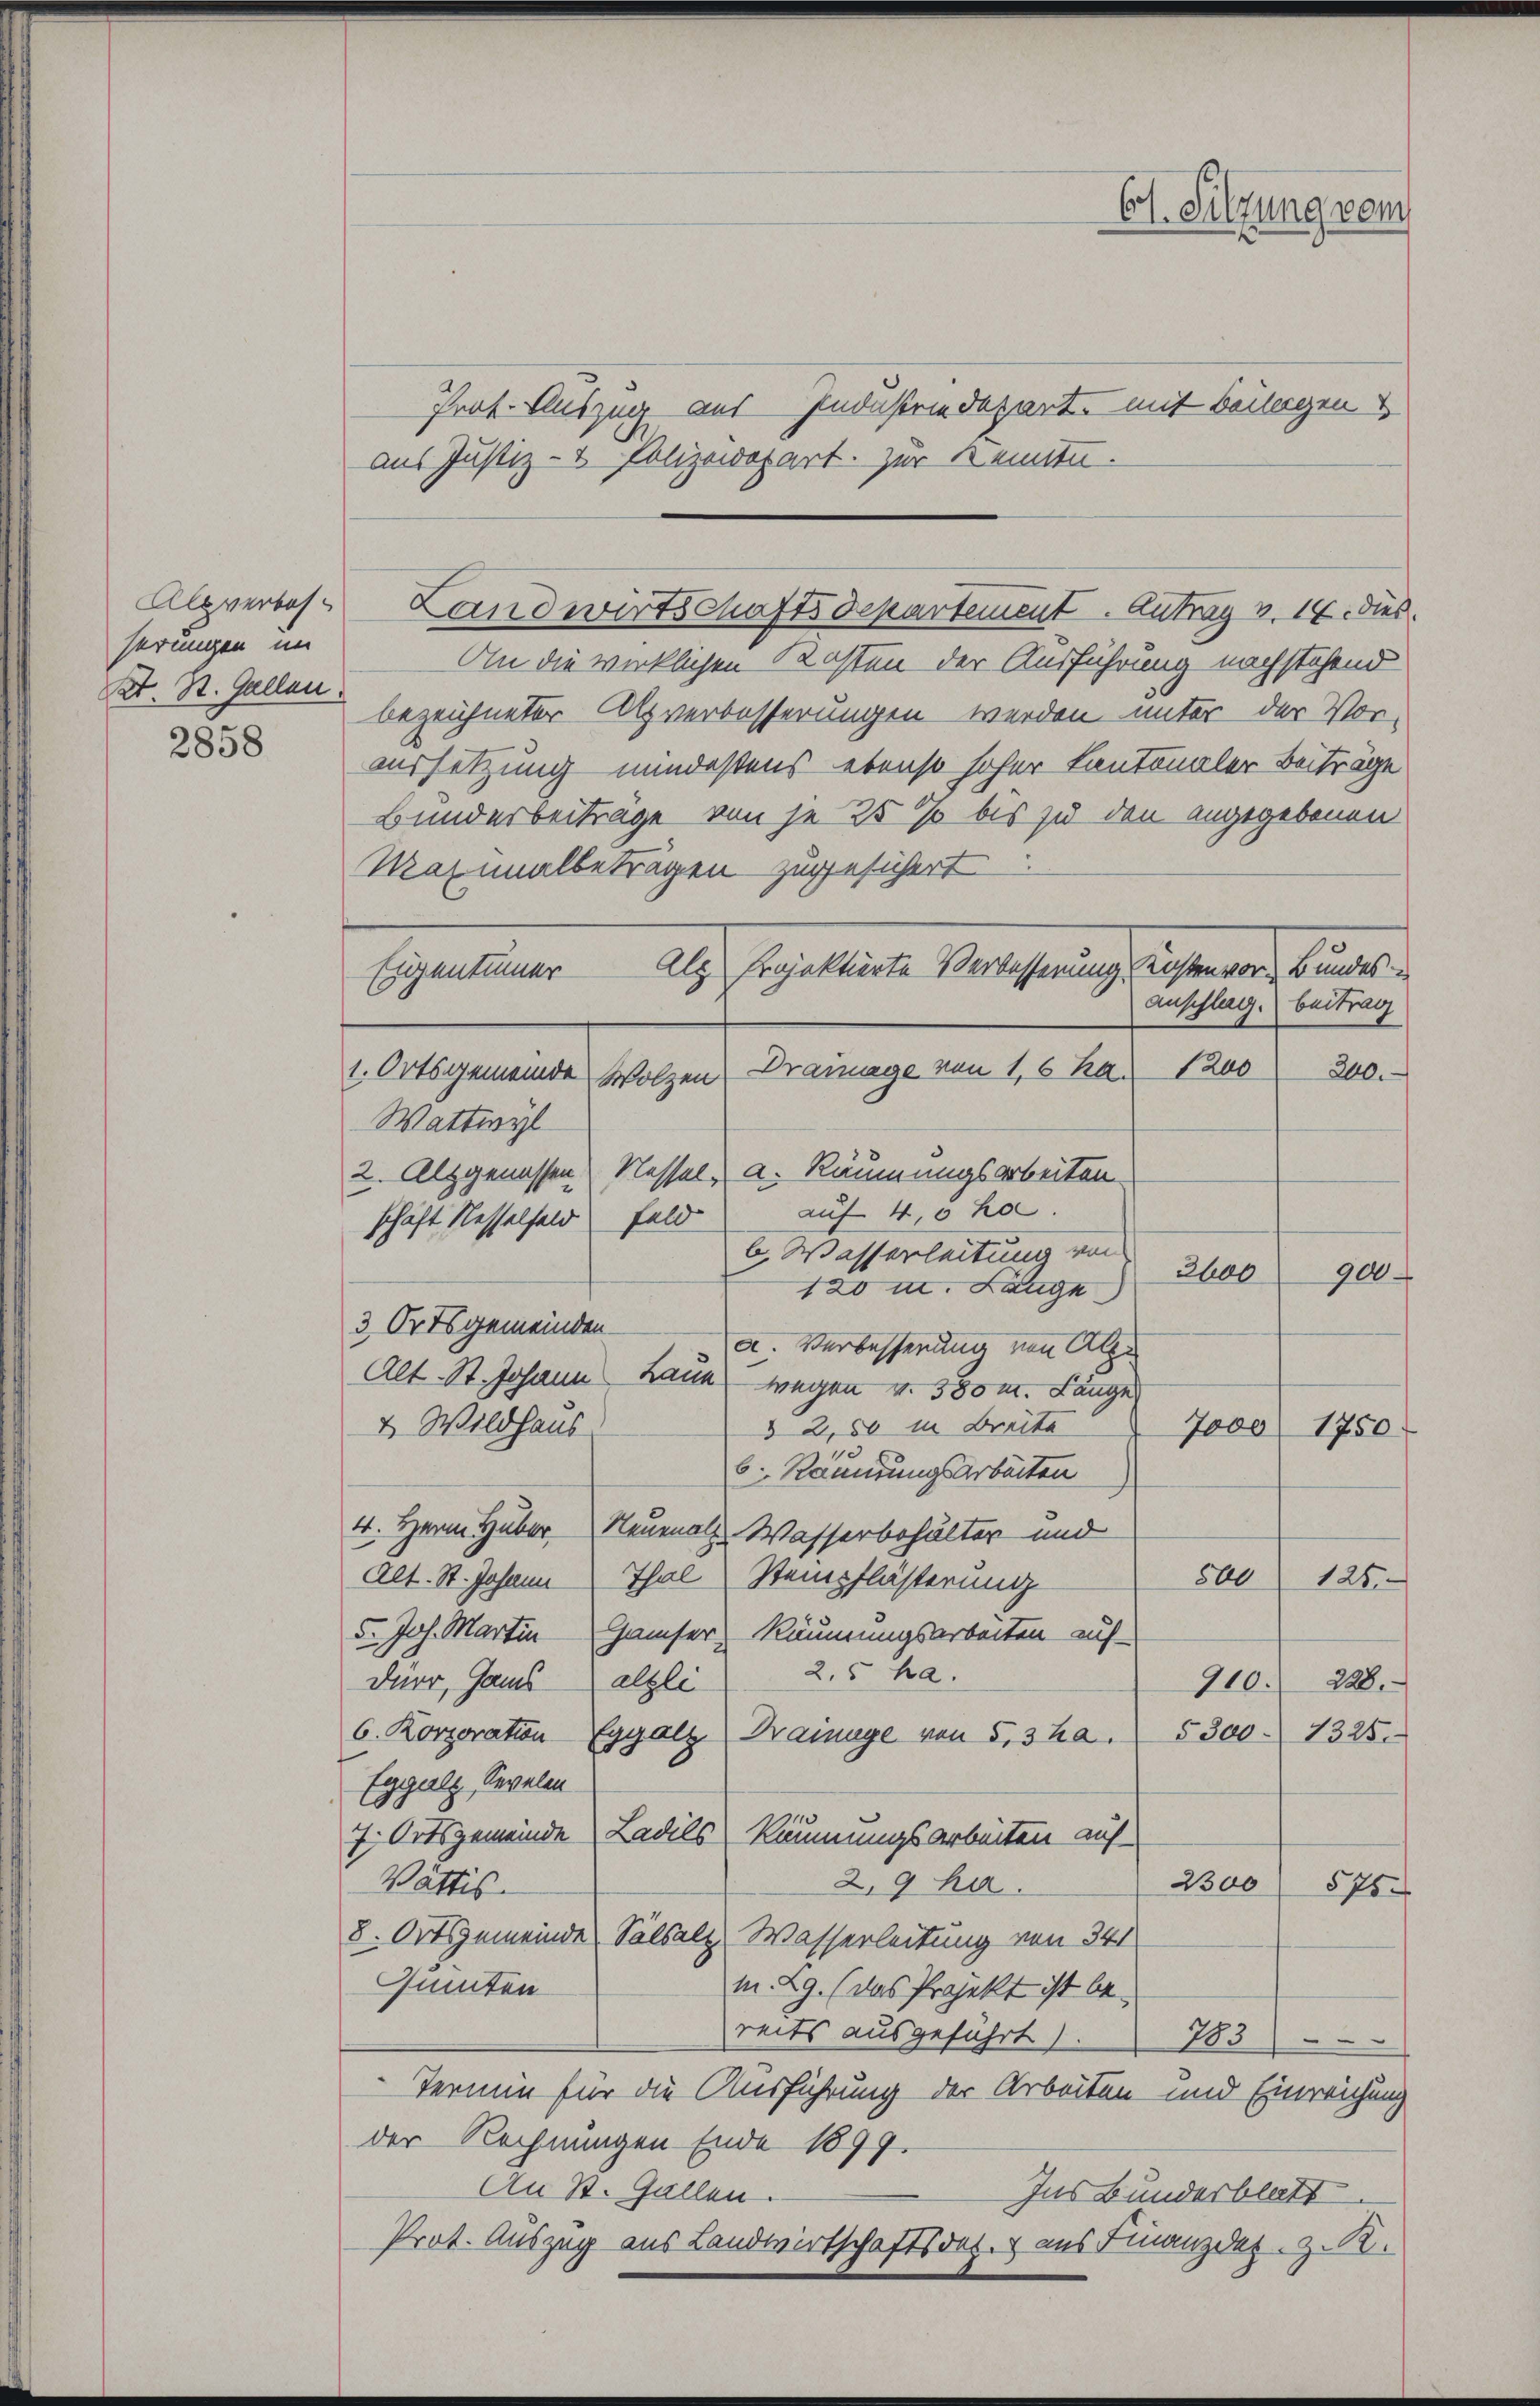
Alpverbesserungen im
St. St. Gallen

2858

Prat. Auszug aus Industrie Depart, mit Beilagen
aus Justiz- & Polizeidepart. Zur Kennte.
An die wirklichen Kosten der Ausführung nachstehend
bezeichneter Atzverbesserungen werden unter der Vor-
aussetzung mindestens ebenso hoher Kantonaler Beiträge
Bunderbeitrage von je 25 % bis zu den angegebenen
Maximalbeträgen zugesichert
Als Praktirte Verlasserung sichen war, Bundes
Eigentümer
anschlag. Beitrag
Dramage von 16 ha. 1200
200.
Pollgemeine eigen
Wattwyl
2. Alzgenossen Nessel, a. Räumungsarbeiten
auf 40 ha
schäft Nesselfeld Feld
6. Wasserleitung von
2600
900
420 u. Länge
3 Ortsgemeinden
a. Verbesserung von Alpe
Alt St. Johann Laue wegen v. 380 m. Länge
§ 2, 50 in Breite
& Wildhaus
7000. 1750.
1
6. Kanirungsarbeiten
4. Herrn Huber Neuenal Wasserbehalter und
500
Alt. St. Johann Thal, Steinpflässerung
125.
5. Joh. Martin Hauser Räumungsarbeiten auf
2.5 ha.
Dürr, Hans altli
910. 228.
5300-1325
6. Korporation Eggalz Krainage von 5,3 ha.
Eggalz, Sevelen
7. Ortsgemeinde Ladils, Räumungsarbeiten auf
2300
2,9 ha
Vattis.
575
8. Ortsgemeinde Salsalz, Wasserleitung von 541
Gunten
m. Lg. (das Projekt ist be-
reits ausgeführt
783
Termin für die Ausführung der Arbeiten und Einreichung
der Rechnungen Ende 1899.
An St. Gallen.
Ins Bundesblatt
Prot. Auszug aus Landwirtschaftsdet. & aus Finanzdes. z. R.

Landwirtschaftsdepartement. Antrag v. 14. dies

Ct. Silzung vom